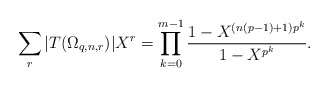
\begin{align*}\sum_r|T(\Omega_{q,n,r})|X^r=\prod_{k=0}^{m-1}\frac{1-X^{(n(p-1)+1)p^k}}{1-X^{p^k}}.\end{align*}